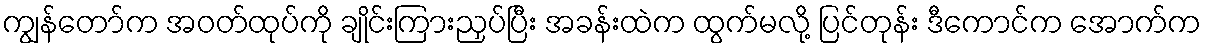
ကျွန်တော်က အဝတ်ထုပ်ကို ချိုင်းကြားညှပ်ပြီး အခန်းထဲက ထွက်မလို့ ပြင်တုန်း ဒီကောင်က အောက်က